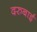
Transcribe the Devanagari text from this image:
दरुबाई